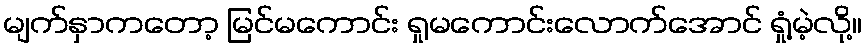
မျက်နှာကတော့ မြင်မကောင်း ရှုမကောင်းလောက်အောင် ရှုံ့မဲ့လို့။